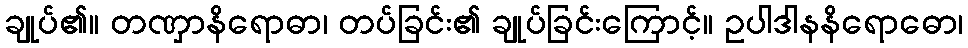
ချုပ်၏။ တဏှာနိရောဓာ၊ တပ်ခြင်း၏ ချုပ်ခြင်းကြောင့်။ ဥပါဒါနနိရောဓော၊